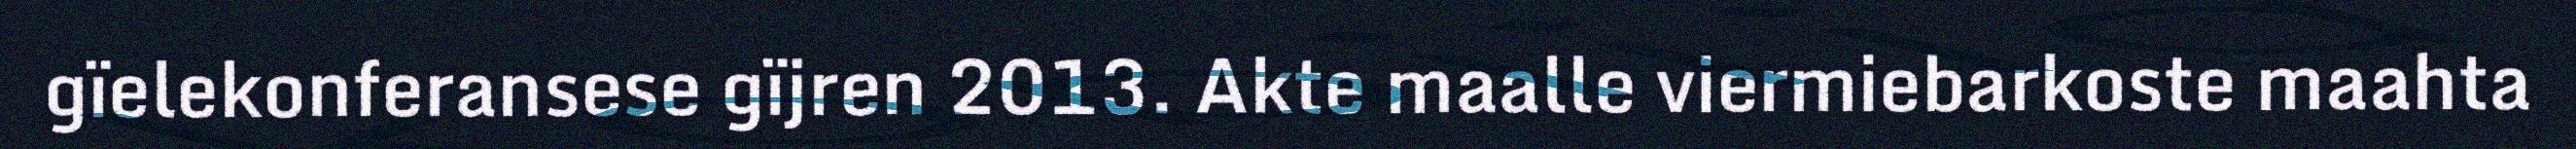
gïelekonferansese gïjren 2013. Akte maalle viermiebarkoste maahta